system: You are a helpful assistant.
user:
Analyze the provided spectrum to determine if it is a **S-type Star**.

- **Key Indicators for S-type Star:**

    - **(Overall Spectrum Shape):** The first and most obvious characteristic is the overall continuum (the "baseline" shape). It is **extremely "red-sloping,"** meaning the flux (light intensity) is very low on the left side (blue, ~4000-4500 Å) and rises steeply and continuously toward the right side (red, ~7000 Å+).

    - **(Primary):** The spectrum is defined by the presence of strong, broad molecular absorption "valleys" (bands) from **Zirconium Oxide (ZrO)**. The identification of these bands is the **primary requirement** for classifying a star as S-type.
        - **(Key Bandheads):** You must find distinct, deep "dips" where the light has been absorbed. The most critical band systems to locate are:
            - **~6474 Å** ($\gamma$-system): This is often the strongest and clearest ZrO feature, found in the red part of the spectrum.
            - **~5718 Å** & **~5551 Å** ($\beta$-system): A pair of prominent absorption features in the yellow-orange part of the spectrum.
            - **~4640 Å** ($\alpha$-system): A key absorption band system in the blue-green region of the spectrum.

    - **(Secondary Confirmation):** The classification is strengthened by finding additional absorption bands from other related heavy element oxides, which are expected to be present alongside ZrO.
        - **(Key Bandheads):**
            - **Yttrium Oxide (YO):** Look for absorption dips near **~4800 Å** and **~6100 Å**.
            - **Lanthanum Oxide (LaO):** Additional absorption features, particularly in the red-orange part of the spectrum, are also characteristic.

    - **(Line Profile):** The combination of the steep red continuum and these numerous, deep molecular bands (ZrO, YO, etc.) gives the entire spectrum a very **"chopped-up"** or **"bumpy"** appearance. Instead of a smooth curve, the spectrum looks as though large, wide chunks of light have been "carved out" of it at the specific wavelengths listed above.

Think first, call **spectral_visualization_tool** if needed to examine features in detail, then provide your final answer. Your response must adhere to the following strict rules:
1.  **Overall Structure:** Your response must follow the format `<think>...</think> <tool_call>...</tool_call> (if a tool is used) <answer>...</answer>`.
2.  **Tool Usage Constraint:** You may only make **one** tool call per turn.
3.  **Final Answer Format:** In the `<answer>` tag, your conclusion must be inside a `\boxed{}` command (e.g., `\boxed{YES}` or `\boxed{NO}`), followed by your justification.

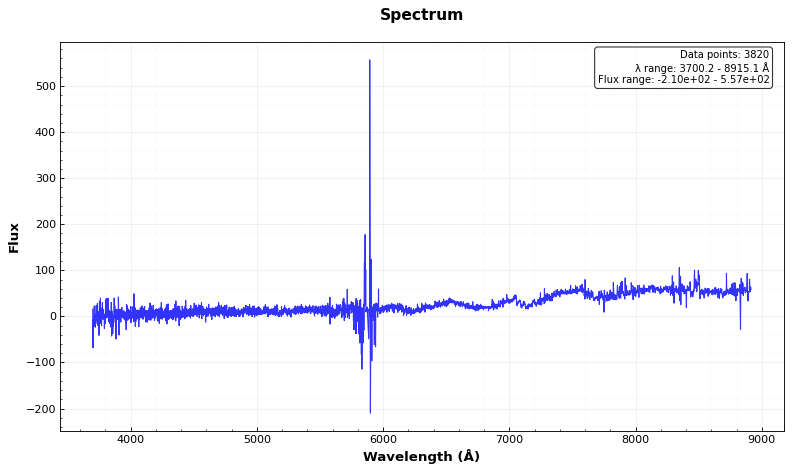
Answer: NO